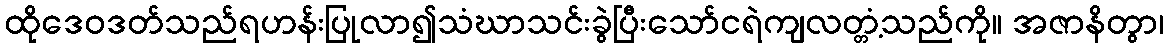
ထိုဒေဝဒတ်သည်ရဟန်းပြုလာ၍သံဃာသင်းခွဲပြီးသော်ငရဲကျလတ္တံ့သည်ကို။ အဇာနိတွာ၊